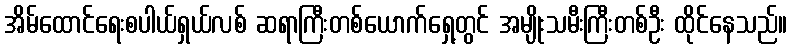
အိမ်ထောင်ရေးစပါယ်ရှယ်လစ် ဆရာကြီးတစ်ယောက်ရှေ့တွင် အမျိုးသမီးကြီးတစ်ဦး ထိုင်နေသည်။